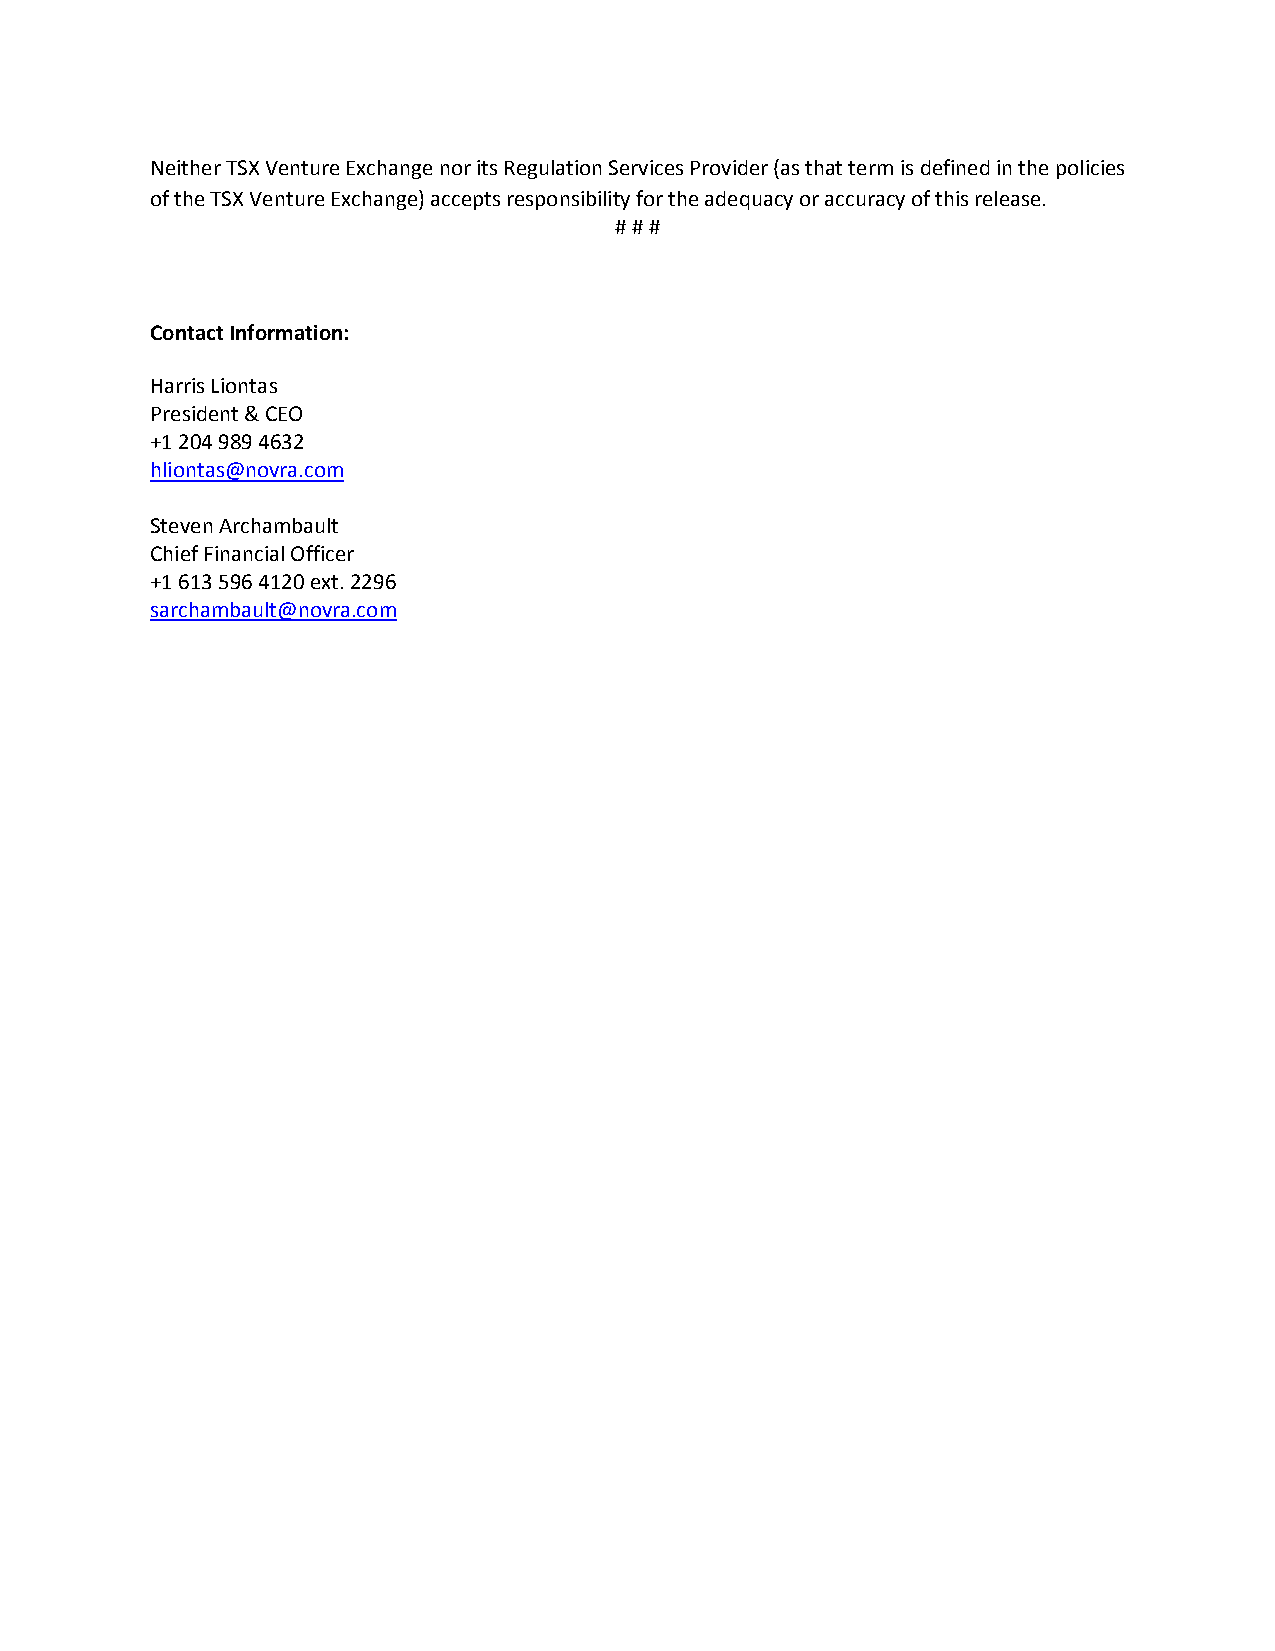
Neither TSX Venture Exchange nor its Regulation Services Provider (as that term is defined in the policies
 of the TSX Venture Exchange) accepts responsibility for the adequacy or accuracy of this release.
 # # #
 Contact Information:
 Harris Liontas
 President & CEO
 +1 204 989 4632
 hliontas@novra.com
 Steven Archambault
 Chief Financial Officer
 +1 613 596 4120 ext. 2296
 sarchambault@novra.com